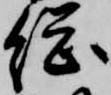
総